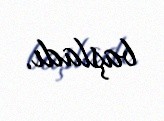
başladı.